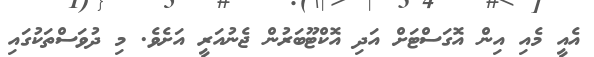
އެއީ މެއި އިން އޮގަސްޓަށް އަދި އޮކްޓޫބަރުން ޖެނުއަރީ އަށެވެ. މި ދުވަސްތަކުގައި